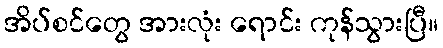
အိပ်စင်တွေ အားလုံး ရောင်း ကုန်သွားပြီ။